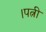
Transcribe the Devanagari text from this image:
।पत्नी